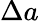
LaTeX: \Delta a